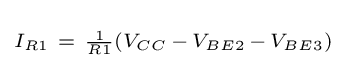
\scriptstyle I_{R1}~=~{\frac {1}{R1}}\left(V_{CC}\,-\,V_{BE2}\,-\,V_{BE3}\right)